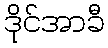
ဒိုင်အာခီ